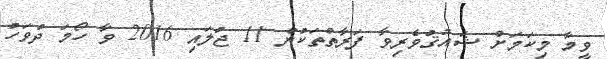
ވީމާ މިކަމަށް ޝައުޤުވެރިވާ ފަރާތްތަކުން 11 ޖުލައި 2016 ވާ ހޯމަ ދުވަހު